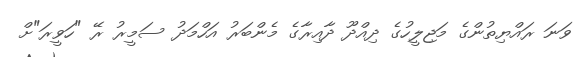
ވަނަ ރައްޔިތުންގެ މަޖިލީހުގެ ދިއްދޫ ދާއިރާގެ މެންބަރު އަހްމަދު ސަމީރު ރޭ "ހަވީރަ"ށް